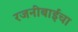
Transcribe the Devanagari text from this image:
रजनीबाईंचा